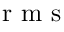
\mathrm { ~ r ~ m ~ s ~ }